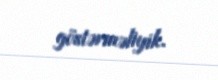
göstərməliyik.